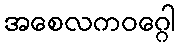
အစေလကဝဂ္ဂေါ